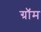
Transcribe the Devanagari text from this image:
ग्रॉम